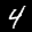
Label: 4